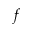
f